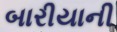
બારીયાની